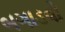
બગાડવો